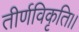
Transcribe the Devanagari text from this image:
तीर्णविकृति।।